Report on inoculation in the plague infected areas of the Punjab and its dependencies from October 1900 to September 1901
Year: 1900
Disease focus: Plague
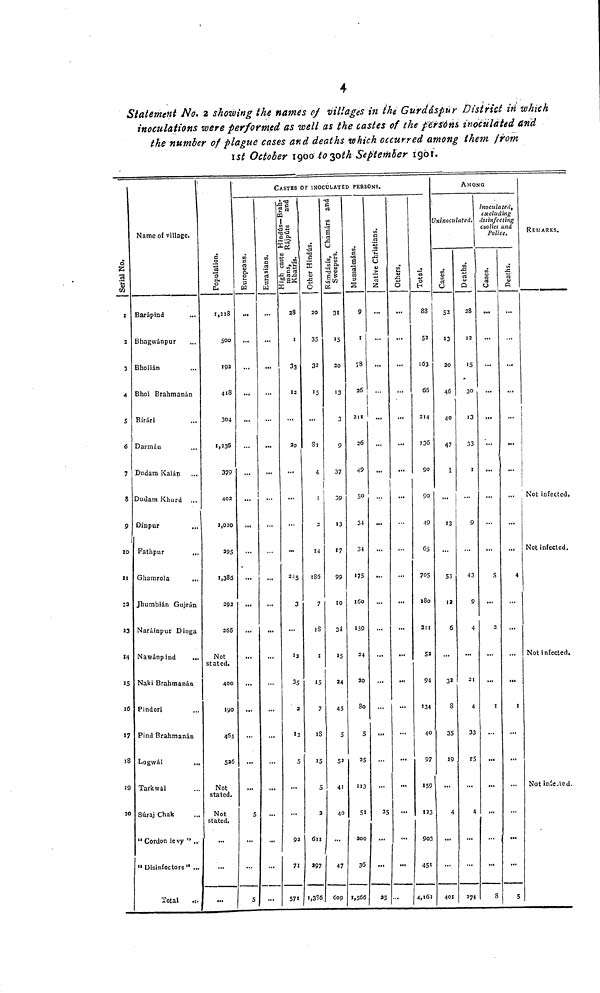
4
Statement No. 2 showing the names of villages in the Gurd&spur District in which
inoculations were performed as well as the castes of the persons inoculated and
the number of plague cases and deaths which occurred among them from
1st October 1900 to 30th September 1901.
Serial No.
1
2
3
4
5
6
7
8
9
10
11
12
13
14
15
16
17
18
19
20
Name of village.
Barápind
Bhagwánpur
Bholián
Bhoi Brahmanán
Birári
Darmán
Dudam Kalán
Dudam Khurd ...
Fathpur
Ghamrola
...
Jhumbián Gujrán
Naráinpur Dinga
Nawánpind
Naki Brahmanán
Pindori
Find Brahmanán
Logwál
...
Tarkwál
Súraj Chak
"Disinfectors"
Total
...
Population.
1,218
500
192
418
304
1,236
379
402
395
1,385
292
265
Not
stated.
400
190
464
526
Not
stated.
Not
stated.
...
Europeans.
...
...
...
...
...
...
...
...
...
...
...
5
5
CASTES OF INOCULATED PERSONS.
Eurasians.
...
...
...
...
...
...
...
...
...
...
High caste Hindús.Brahmans, Rájpúts and Khatrís.
28
1
33
12
20
...
...
.
245
3
...
12
35
2
12
5
...
...
92
71
571
Other Hindús.
20
35
32
15
81
4
2
14
186
7
18
1
15
7
18
15
5
2
611
297
1,356
Rámdásís,
Chamárs and
Sweepers.
31
15
20
13
3
9
37
39
»3
17
99
10
34
15
34
45
5
52
41
40
47
609
Mussalmáns.
9
1
78
26
211
26
49
50
34
34
»75
160
159
24
20
80
5
25
113
51
200
36
1,566
Native Christians.
...
...
...
...
...
...
...
...
...
...
25
...
25
Others.
...
...
...
...
...
...
...
...
...
...
...
...
Total.
88
52
163
65
214
236
90
90
49
65
705
180
211
52
94
134
40
97
159
123
903
451
4,162
AMONG
Uninoculated.
Cases.
52
13
46
40
47
1
13
53
12
6
32
8
35
19
4
401
Deaths.
28
12
15
30
13
33
1
9
43
9
4
21
4
33
r5
4
274
Inoculated,
excluding
d
Cases.
...
...
...
...
...
5
...
2
1
...
...
8
Deaths.
...
...
...
4
...
1
...
5
REMARKS.
Not infected.
Not infected.
Not infected.
Not infected.